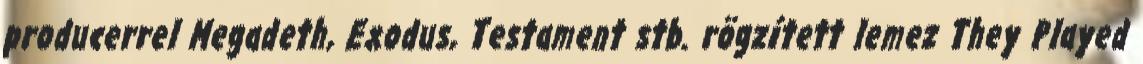
producerrel Megadeth, Exodus, Testament stb. rögzített lemez They Played